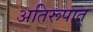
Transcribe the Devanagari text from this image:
अतिरूपात्